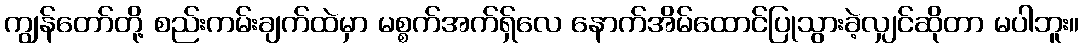
ကျွန်တော်တို့ စည်းကမ်းချက်ထဲမှာ မစ္စက်အက်ရှ်လေ နောက်အိမ်ထောင်ပြုသွားခဲ့လျှင်ဆိုတာ မပါဘူး။